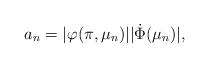
LaTeX: \begin{align*}a_n = |\varphi(\pi, \mu_n)| |\dot{\Phi}(\mu_n)| , \end{align*}